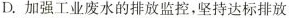
D.加强工业废水的排放监控，坚持达标排放